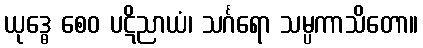
ယုဒ္ဓေ စေဝ ပဋိညာယံ၊ သင်္ဂရော သမ္ပကာသိတော။